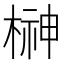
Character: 榊